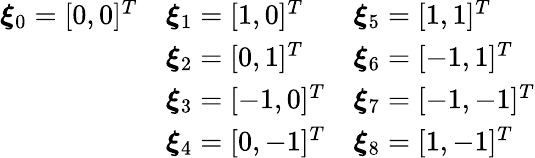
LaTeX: \begin{array}{lll}{\boldsymbol{\xi}_{0}=[0,0]^{T}}&{\boldsymbol{\xi}_{1}=[1,0]^{T}}&{\boldsymbol{\xi}_{5}=[1,1]^{T}}\\ &{\boldsymbol{\xi}_{2}=[0,1]^{T}}&{\boldsymbol{\xi}_{6}=[-1,1]^{T}}\\ &{\boldsymbol{\xi}_{3}=[-1,0]^{T}}&{\boldsymbol{\xi}_{7}=[-1,-1]^{T}}\\ &{\boldsymbol{\xi}_{4}=[0,-1]^{T}}&{\boldsymbol{\xi}_{8}=[1,-1]^{T}}\end{array}